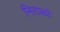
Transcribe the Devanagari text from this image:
निराळो